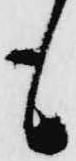
も